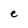
Character: e